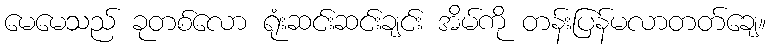
မေမေသည် ခုတစ်လော ရုံးဆင်းဆင်းချင်း အိမ်ကို တန်းပြန်မလာတတ်ချေ။